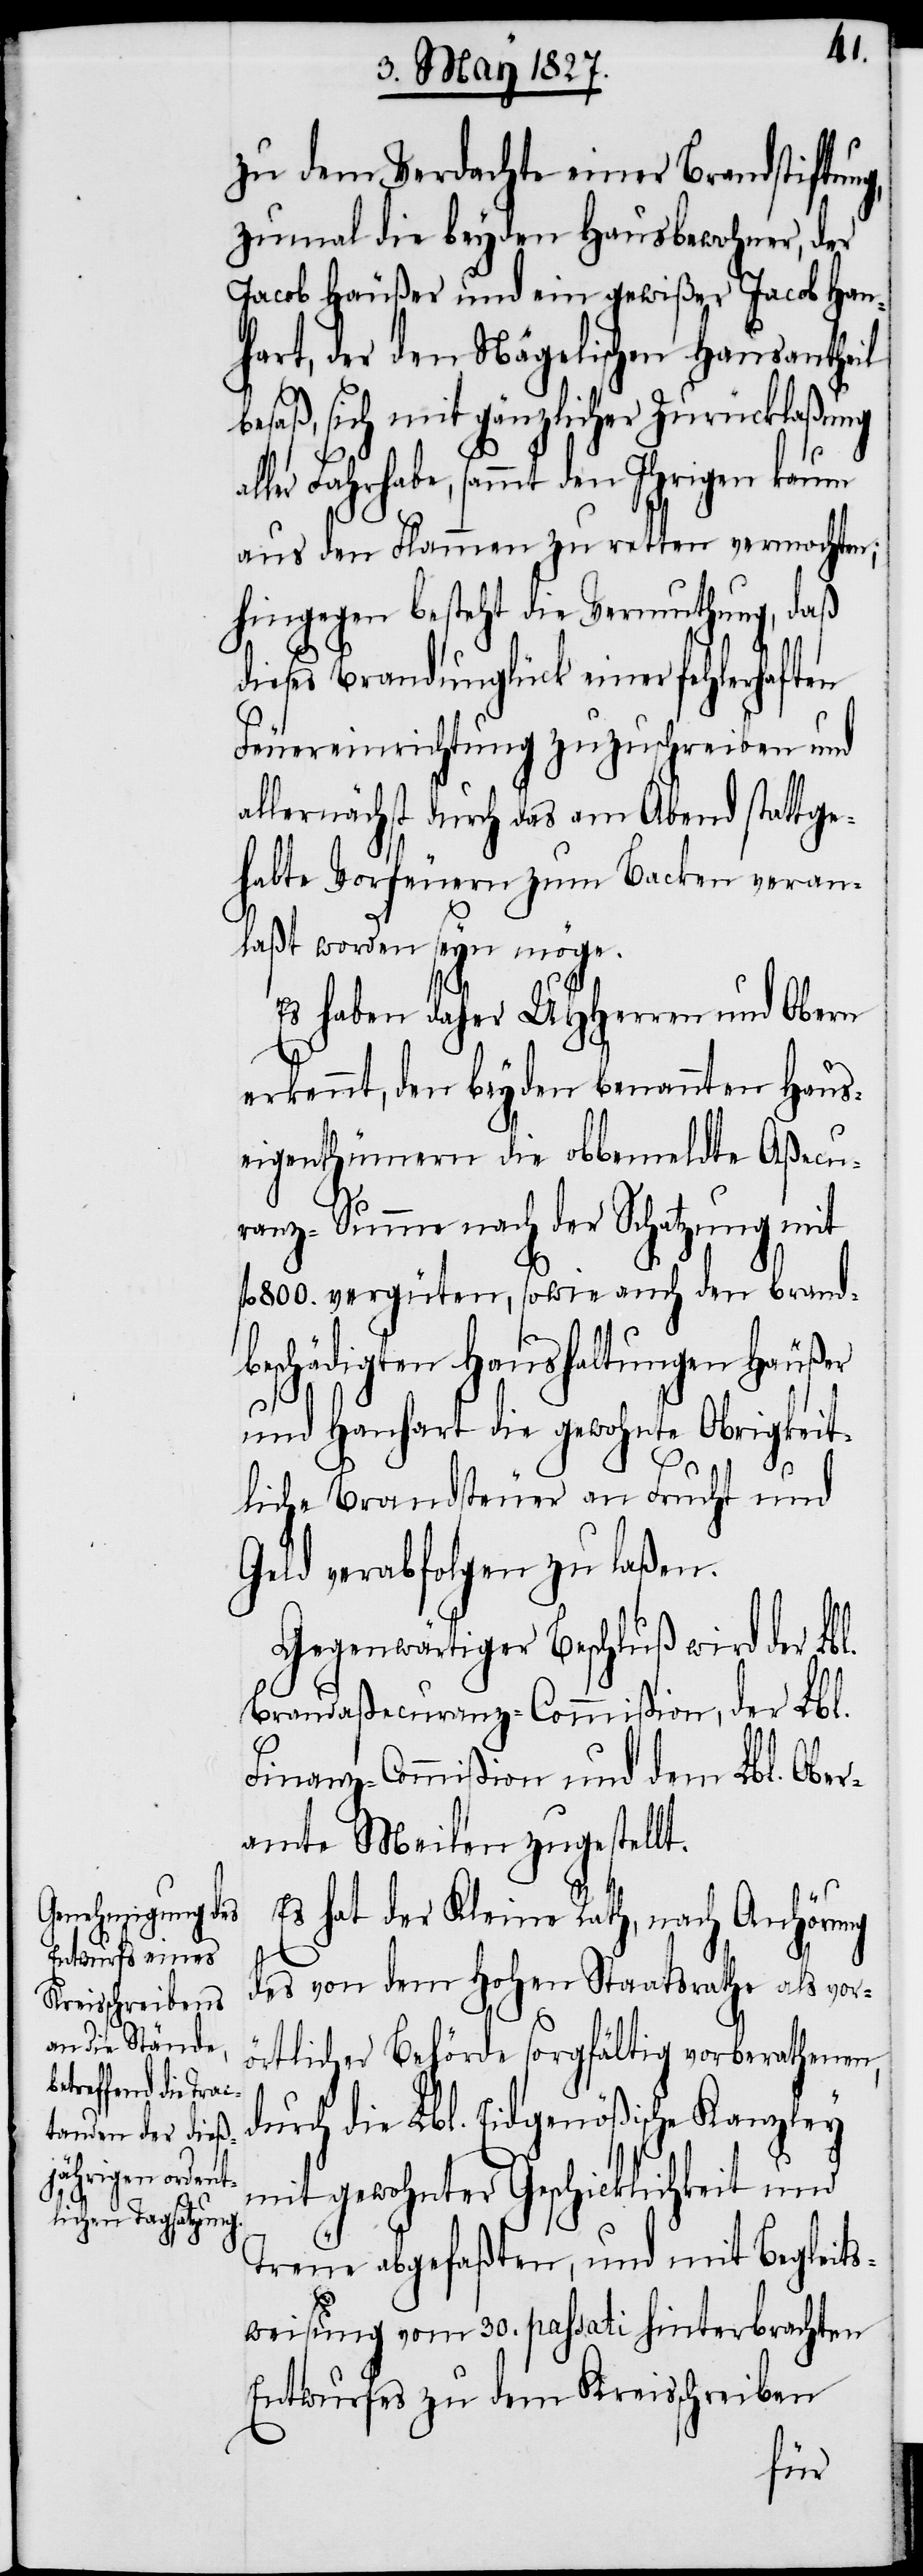
du¬

zu dem Verdachte einer Brandstiftun¬
zumal die beyden Hausbewohner, der
Jacob Häußer und ein gewißer Jacob Han¬
hart, der den Nägelischen Hausantheil
besaß, sich mit gänzlicher Zurücklaßung
al¬
ler Fahrhabe, sammt den Ihrigen kaum
aus den Flammen zu retten vermochten;
hingegen besteht die Vermuthung, daß
dieses Brandunglück einer fehlerhaften
Feuereinrichtung zuzuschreiben und
allernächst durch das am Abend stattge¬
habte Vorfeuern zum Backen veran¬
laßt worden seyn möge.
Es haben daher UHHerren und Obern
erkennt, den beyden benannten Haus¬
eigenthümern die obbemeldte Aßecu¬
ranz-Summe nach der Schatzung mit
fl. 800. vergüten, sowie auch den brand¬
beschädigten Haushaltungen Häußer
und Hanhart die gewohnte Obrigkeit¬
liche Brandsteuer an Frucht und
Geld verabfolgen zu laßen.
Gegenwärtiger Beschluß wird der Lb¬
Brandaßecuranz-Commißion, der Lbl.
Finanz-Commißion und dem Lbl. Ober¬
amte Meilen zugestellt.
Es hat der Kleine Rath, nach Anhörung
des von dem Hohen Staatsrathe als vor¬
örtlicher Behörde sorgfältig vorberathenen,
rch die Lbl. Eidgenößische Kanzley
mit gewohnter Geschicklichkeit und
Treue abgefaßte, und mit Begleits¬
weisung vom 30. passati hinterbrachten
Entwurfes zu dem Kreisschreiben